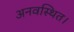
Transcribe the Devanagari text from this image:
अनवस्थित।